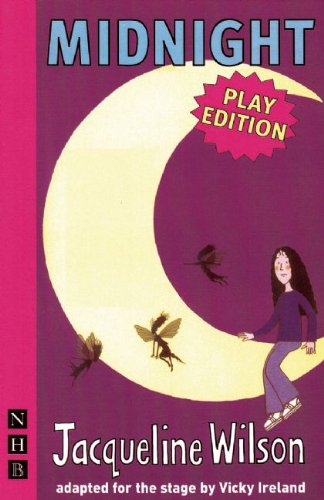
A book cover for Midnight (Nick Hern Books); Jacqueline Wilson; Literature & Fiction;